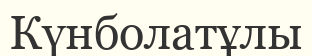
Күнболатұлы